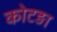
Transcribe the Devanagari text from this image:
कोटङा